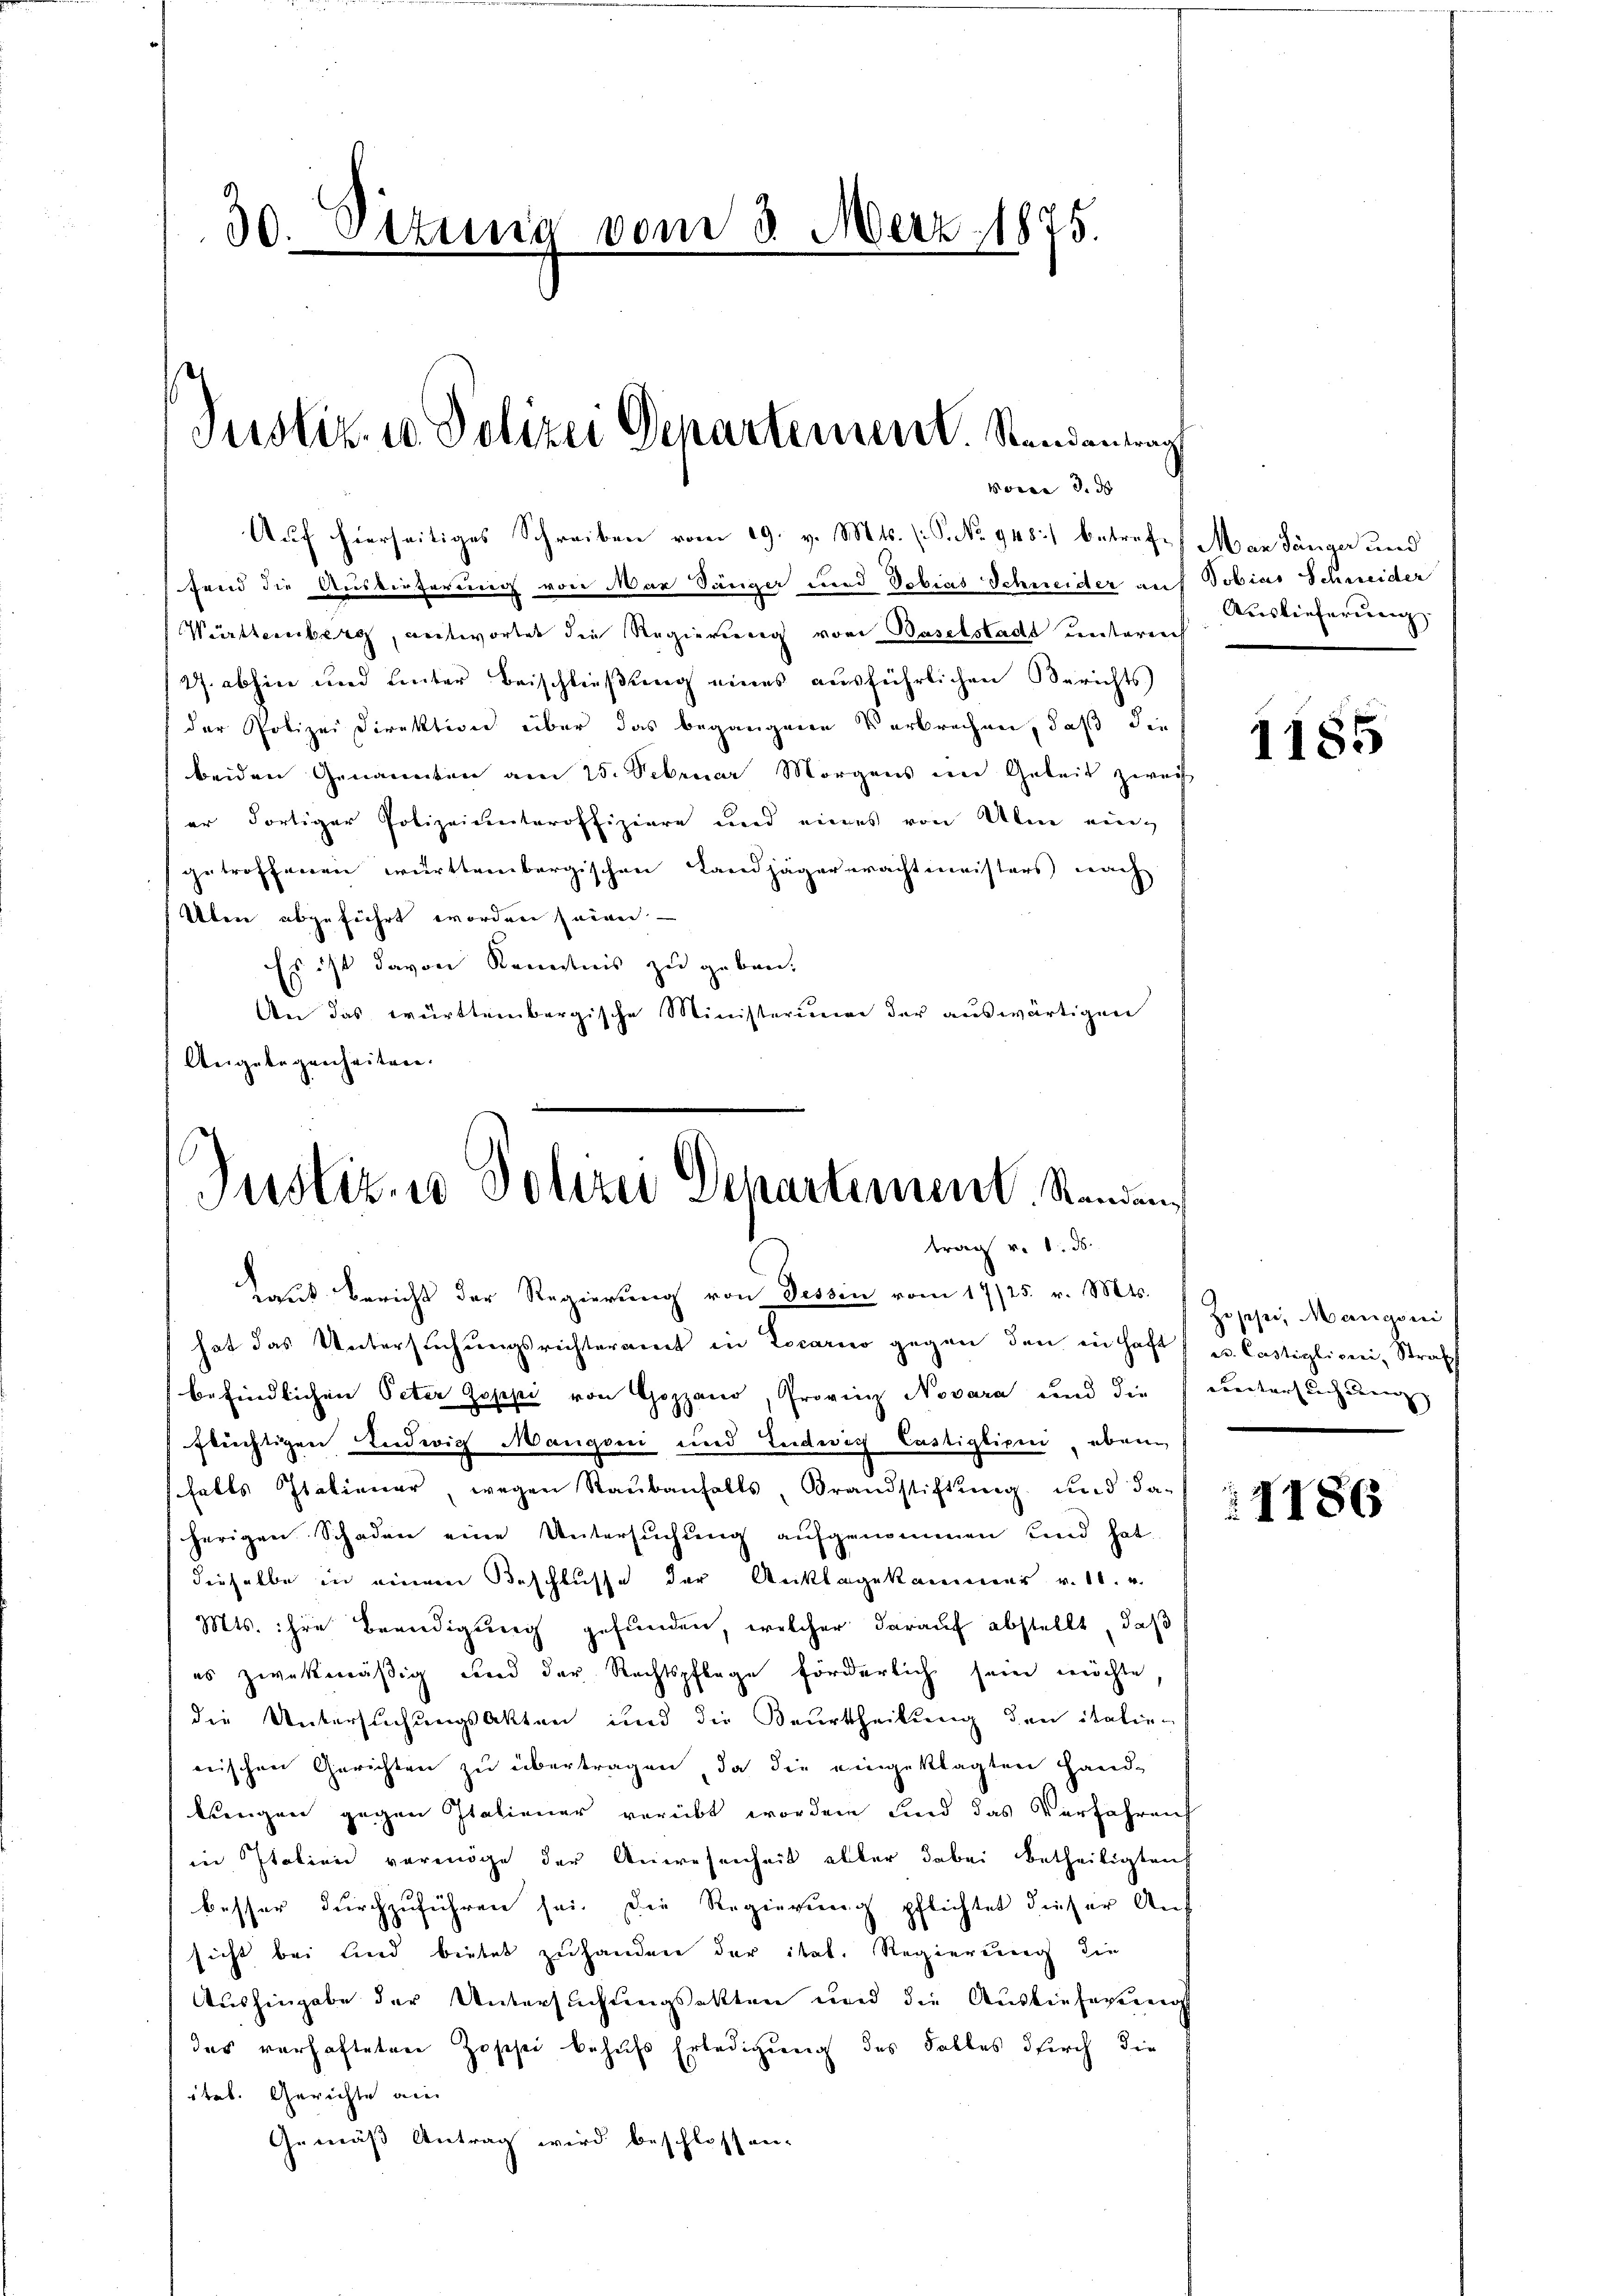
30. Sitzung vom 8. März 1875.

Justiz- u Polizei Departement. Randanlang

Auf hierseitiges Schreiben vom 19. v. Mts. (: P. No 948) betreff Mar Sänger und
fend die Auslieferung von Mar Sänger und Tobias Schweider mit Tobias Schneider
Württernberg, antwortet die Regierung von Baselstadt unterrich
2. abhin und hinter Beischließung eines ausführlichen Berichts
der Polizei Direktion über das begangene Verbrechen, daß die
beiden Genannten am 25. Februar Morgens im Geleit zwei
er dortiger Polizeiunteroffiziere und eines von Ulne eingetroffenen württembergischen Landjäger erachtmeisters nach
Oben abgeführt worden seien
Es ist davon Kenntnis zu geben.
An das württembergische Ministerium der auswärtigen
Angelegenheiten.

hat das Untersuchungsrichteramt in Locarno gegen den in Haft u. Castiglicii, Straff
befindlichen Peter Göppi von Gozzano, Provinz Novara und die
flüchtigen Ludwig Mangen und Ludwich Castiglioni, eben
falls Italiener, wegen Staŭbanhalts, Brandstiftŭng ŭnd da-
herigen Schaden eine Untersŭchŭng aŭfgenommen und hat
dieselbe in einem Beschlusse der Anklagekammer v. 10. u
Mts. ihre Beendigung gefunden, welcher darauf abstellt, daß
es zwekmäßig wird der Rechtspflege förderlich sein möchte,
die Untersuchungsakten und die Beurtheilung den italie-
erischen Gerichten zu übertragen, da die eingeklagten Hand-
klingen gegen Italiener verübt worden sind das Verfahren
in Italien vermöge der Anwesenheit aller dabei betheiligten
besser durchzuführen sei. Die Regierung pflichtet dieser Auf-
sicht bei sind bietet zufanden der ital. Regierung die
Aushingabe der Untersuchungsakten und die Auslieferung
das verhafteten Zoschei behufs Erledigung des Falles durch die
itel. Gerichte an
Gemäß Antrag wird beschlossen-

Worce d. d

Justizio Polizei Departement. Standen
trag v. 1. ds.
Laut Bericht der Regierung von Tessin vom 17/25. v. Mts.

Auslieferung

1185

Zuseher, Mangeni
eventars auch den |

1186